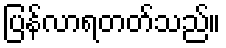
ပြန်လာရတတ်သည်။